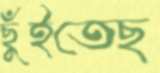
ছুঁইতেছ